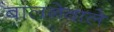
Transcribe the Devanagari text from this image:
बालनेवाले